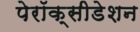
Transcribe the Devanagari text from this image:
पेरॉक्सीडेशन